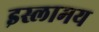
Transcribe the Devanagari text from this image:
इस्लामय